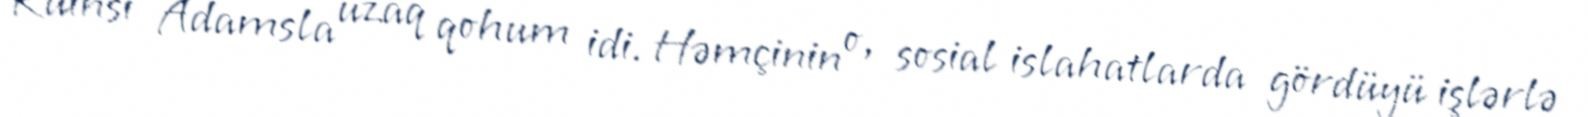
Kuinsi Adamsla uzaq qohum idi. Həmçinin o, sosial islahatlarda gördüyü işlərlə